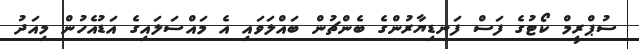
ސުޕްރީމް ކޯޓުގެ ފަސް ފަނޑިޔާރުންގެ ބެންޗުން ބައްލަވައި އެ މައްސަލައިގެ އަޑުއެހުން މިއަދު